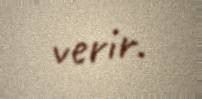
verir.